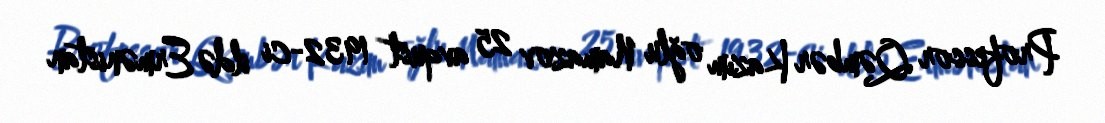
Professor Qəmbər Kazım oğlu Namazov 25 avqust 1932-ci ildə Ermənistan